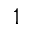
^ 1